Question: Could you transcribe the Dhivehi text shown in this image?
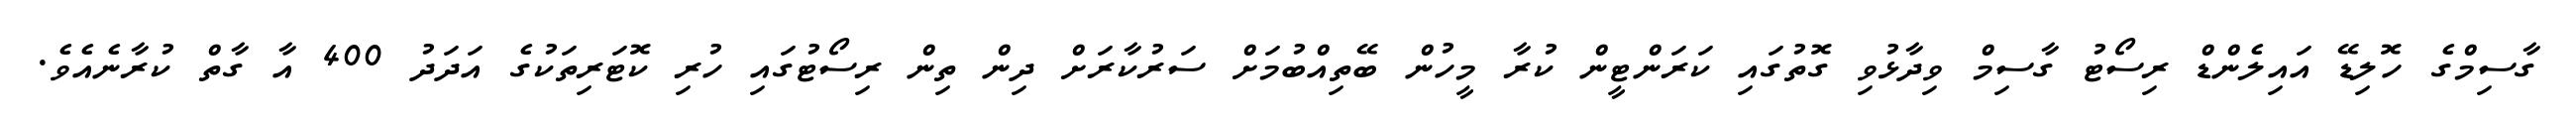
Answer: ގާސިމްގެ ހޮލިޑޭ އައިލެންޑް ރިސޯޓު ގާސިމް ވިދާޅުވި ގޮތުގައި ކަރަންޓީން ކުރާ މީހުން ބޭތިއްބުމަށް ސަރުކާރަށް ދިން ތިން ރިސޯޓުގައި ހުރި ކޮޓަރިތަކުގެ އަދަދު 400 އާ ގާތް ކުރާނެއެވެ.